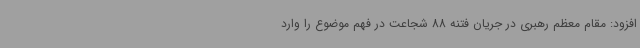
افزود: مقام معظم رهبری در جریان فتنه 88 شجاعت در فهم موضوع را وارد